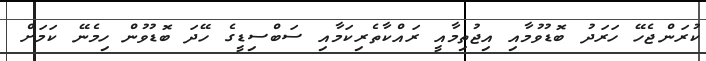
ކުރަންޖެހޭ ހަރަދު ބޮޑުވުމާއި އިޖުތިމާއީ ރައްކާތެރިކަމާއި ސަބްސިޑީގެ ހޭދަ ބޮޑުވުން ހިމެނޭ ކަމަށް